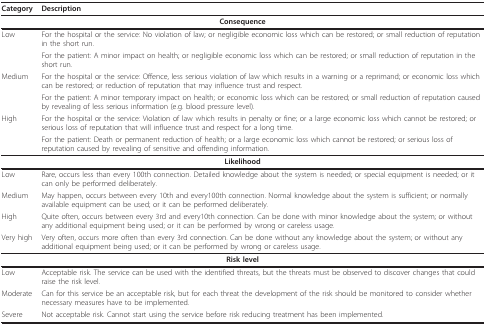
<table><thead><tr><td><b>Category </b></td><td><b>Description </b></td></tr></thead><tbody><tr><td colspan="2"><b>Consequence</b></td></tr><tr><td>Low</td><td>For the hospital or the service: No violation of law; or negligible economic loss which can be restored; or small reduction of reputation in the short run.</td></tr><tr><td></td><td>For the patient: A minor impact on health; or negligible economic loss which can be restored; or small reduction of reputation in the short run.</td></tr><tr><td>Medium</td><td>For the hospital or the service: Offence, less serious violation of law which results in a warning or a reprimand; or economic loss which can be restored; or reduction of reputation that may influence trust and respect.</td></tr><tr><td></td><td>For the patient: A minor temporary impact on health; or economic loss which can be restored; or small reduction of reputation caused by revealing of less serious information (e.g. blood pressure level).</td></tr><tr><td>High</td><td>For the hospital or the service: Violation of law which results in penalty or fine; or a large economic loss which cannot be restored; or serious loss of reputation that will influence trust and respect for a long time.</td></tr><tr><td></td><td>For the patient: Death or permanent reduction of health; or a large economic loss which cannot be restored; or serious loss of reputation caused by revealing of sensitive and offending information.</td></tr><tr><td colspan="2"><b>Likelihood</b></td></tr><tr><td>Low</td><td>Rare, occurs less than every 100th connection. Detailed knowledge about the system is needed; or special equipment is needed; or it can only be performed deliberately.</td></tr><tr><td>Medium</td><td>May happen, occurs between every 10th and every100th connection. Normal knowledge about the system is sufficient; or normally available equipment can be used; or it can be performed deliberately.</td></tr><tr><td>High</td><td>Quite often, occurs between every 3rd and every10th connection. Can be done with minor knowledge about the system; or without any additional equipment being used; or it can be performed by wrong or careless usage.</td></tr><tr><td>Very high</td><td>Very often, occurs more often than every 3rd connection. Can be done without any knowledge about the system; or without any additional equipment being used; or it can be performed by wrong or careless usage.</td></tr><tr><td colspan="2"><b>Risk level</b></td></tr><tr><td>Low</td><td>Acceptable risk. The service can be used with the identified threats, but the threats must be observed to discover changes that could raise the risk level.</td></tr><tr><td>Moderate</td><td>Can for this service be an acceptable risk, but for each threat the development of the risk should be monitored to consider whether necessary measures have to be implemented.</td></tr><tr><td>Severe</td><td>Not acceptable risk. Cannot start using the service before risk reducing treatment has been implemented.</td></tr></tbody></table>